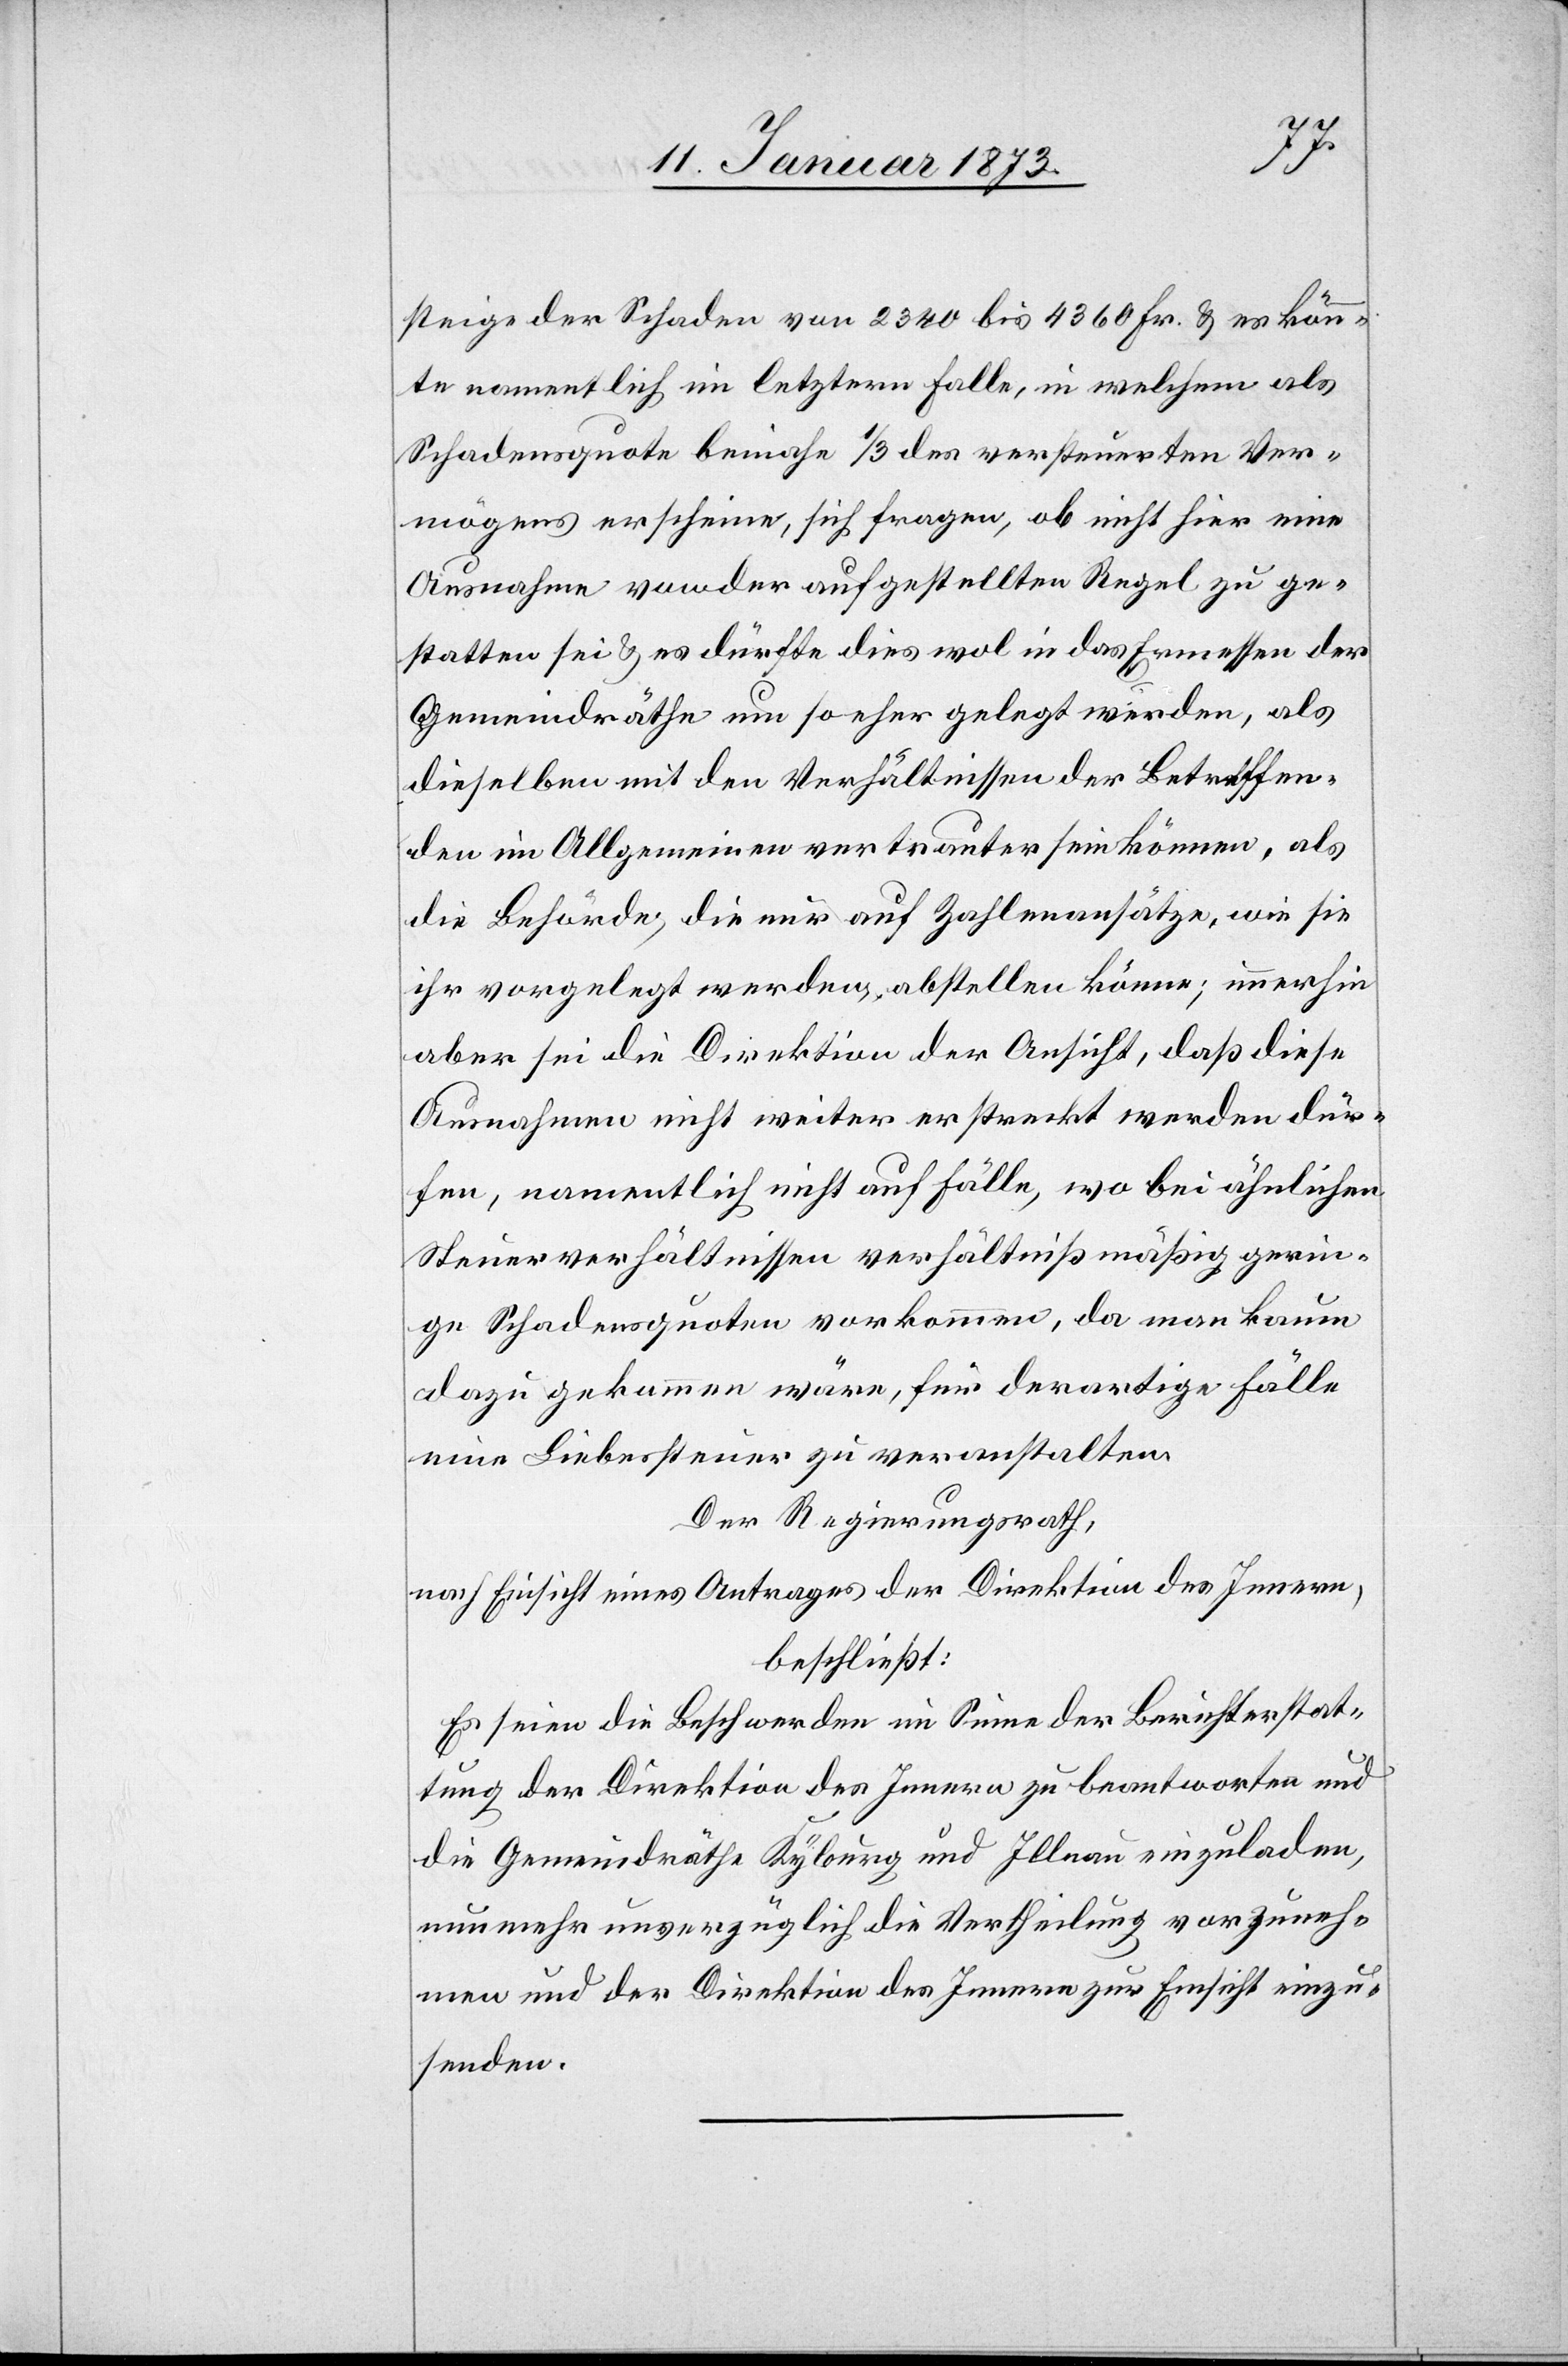
steige der Schaden von 2340 bis 4360 Fr. & er könn¬
te namentlich im letztern Falle, in welchem als
Schadensquote beinahe 1/3 des versteuerten Ver¬
mögens erscheine, sich fragen, ob nicht hier eine
Ausnahme von der aufgestellten Regel zu ge¬
statten sei & es dürfte dies mal in das Ermessen der
Gemeindräthe um so eher gelegt werden, als
dieselben mit den Verhältnissen der Betreffen¬
den im Allgemeinen vertrauter sein können, als
die Behörde, die nur auf Zahlenansätze, wie sie
ihr vorgelegt werden, abstellen könne; immerhin
aber sei die Direktion der Ansicht, daß diese
Ausnahmen nicht weiter erstreckt werden dür¬
fen, namentlich nicht auf Fälle, wo bei ähnlichen
Steuerverhältnissen verhältnißmäßig gerin¬
ge Schadensquoten vorkommen, da man kaum
dazu gekommen wäre, für derartige Fälle
eine Liebessteuer zu veranstalten.
Der Regierungsrath,
nach Einsicht eines Antrages der Direktion des Innern,
beschließt:
Es seien die Beschwerden im Sinne der Berichterstat¬
tung der Direktion des Innern zu beantworten und
die Gemeindräthe Kyburg und Illnau einzuladen,
nunmehr unverzüglich die Vertheilung vorzuneh¬
men und der Direktion des Innern zur Einsicht einzu¬
senden.